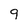
Character: 9